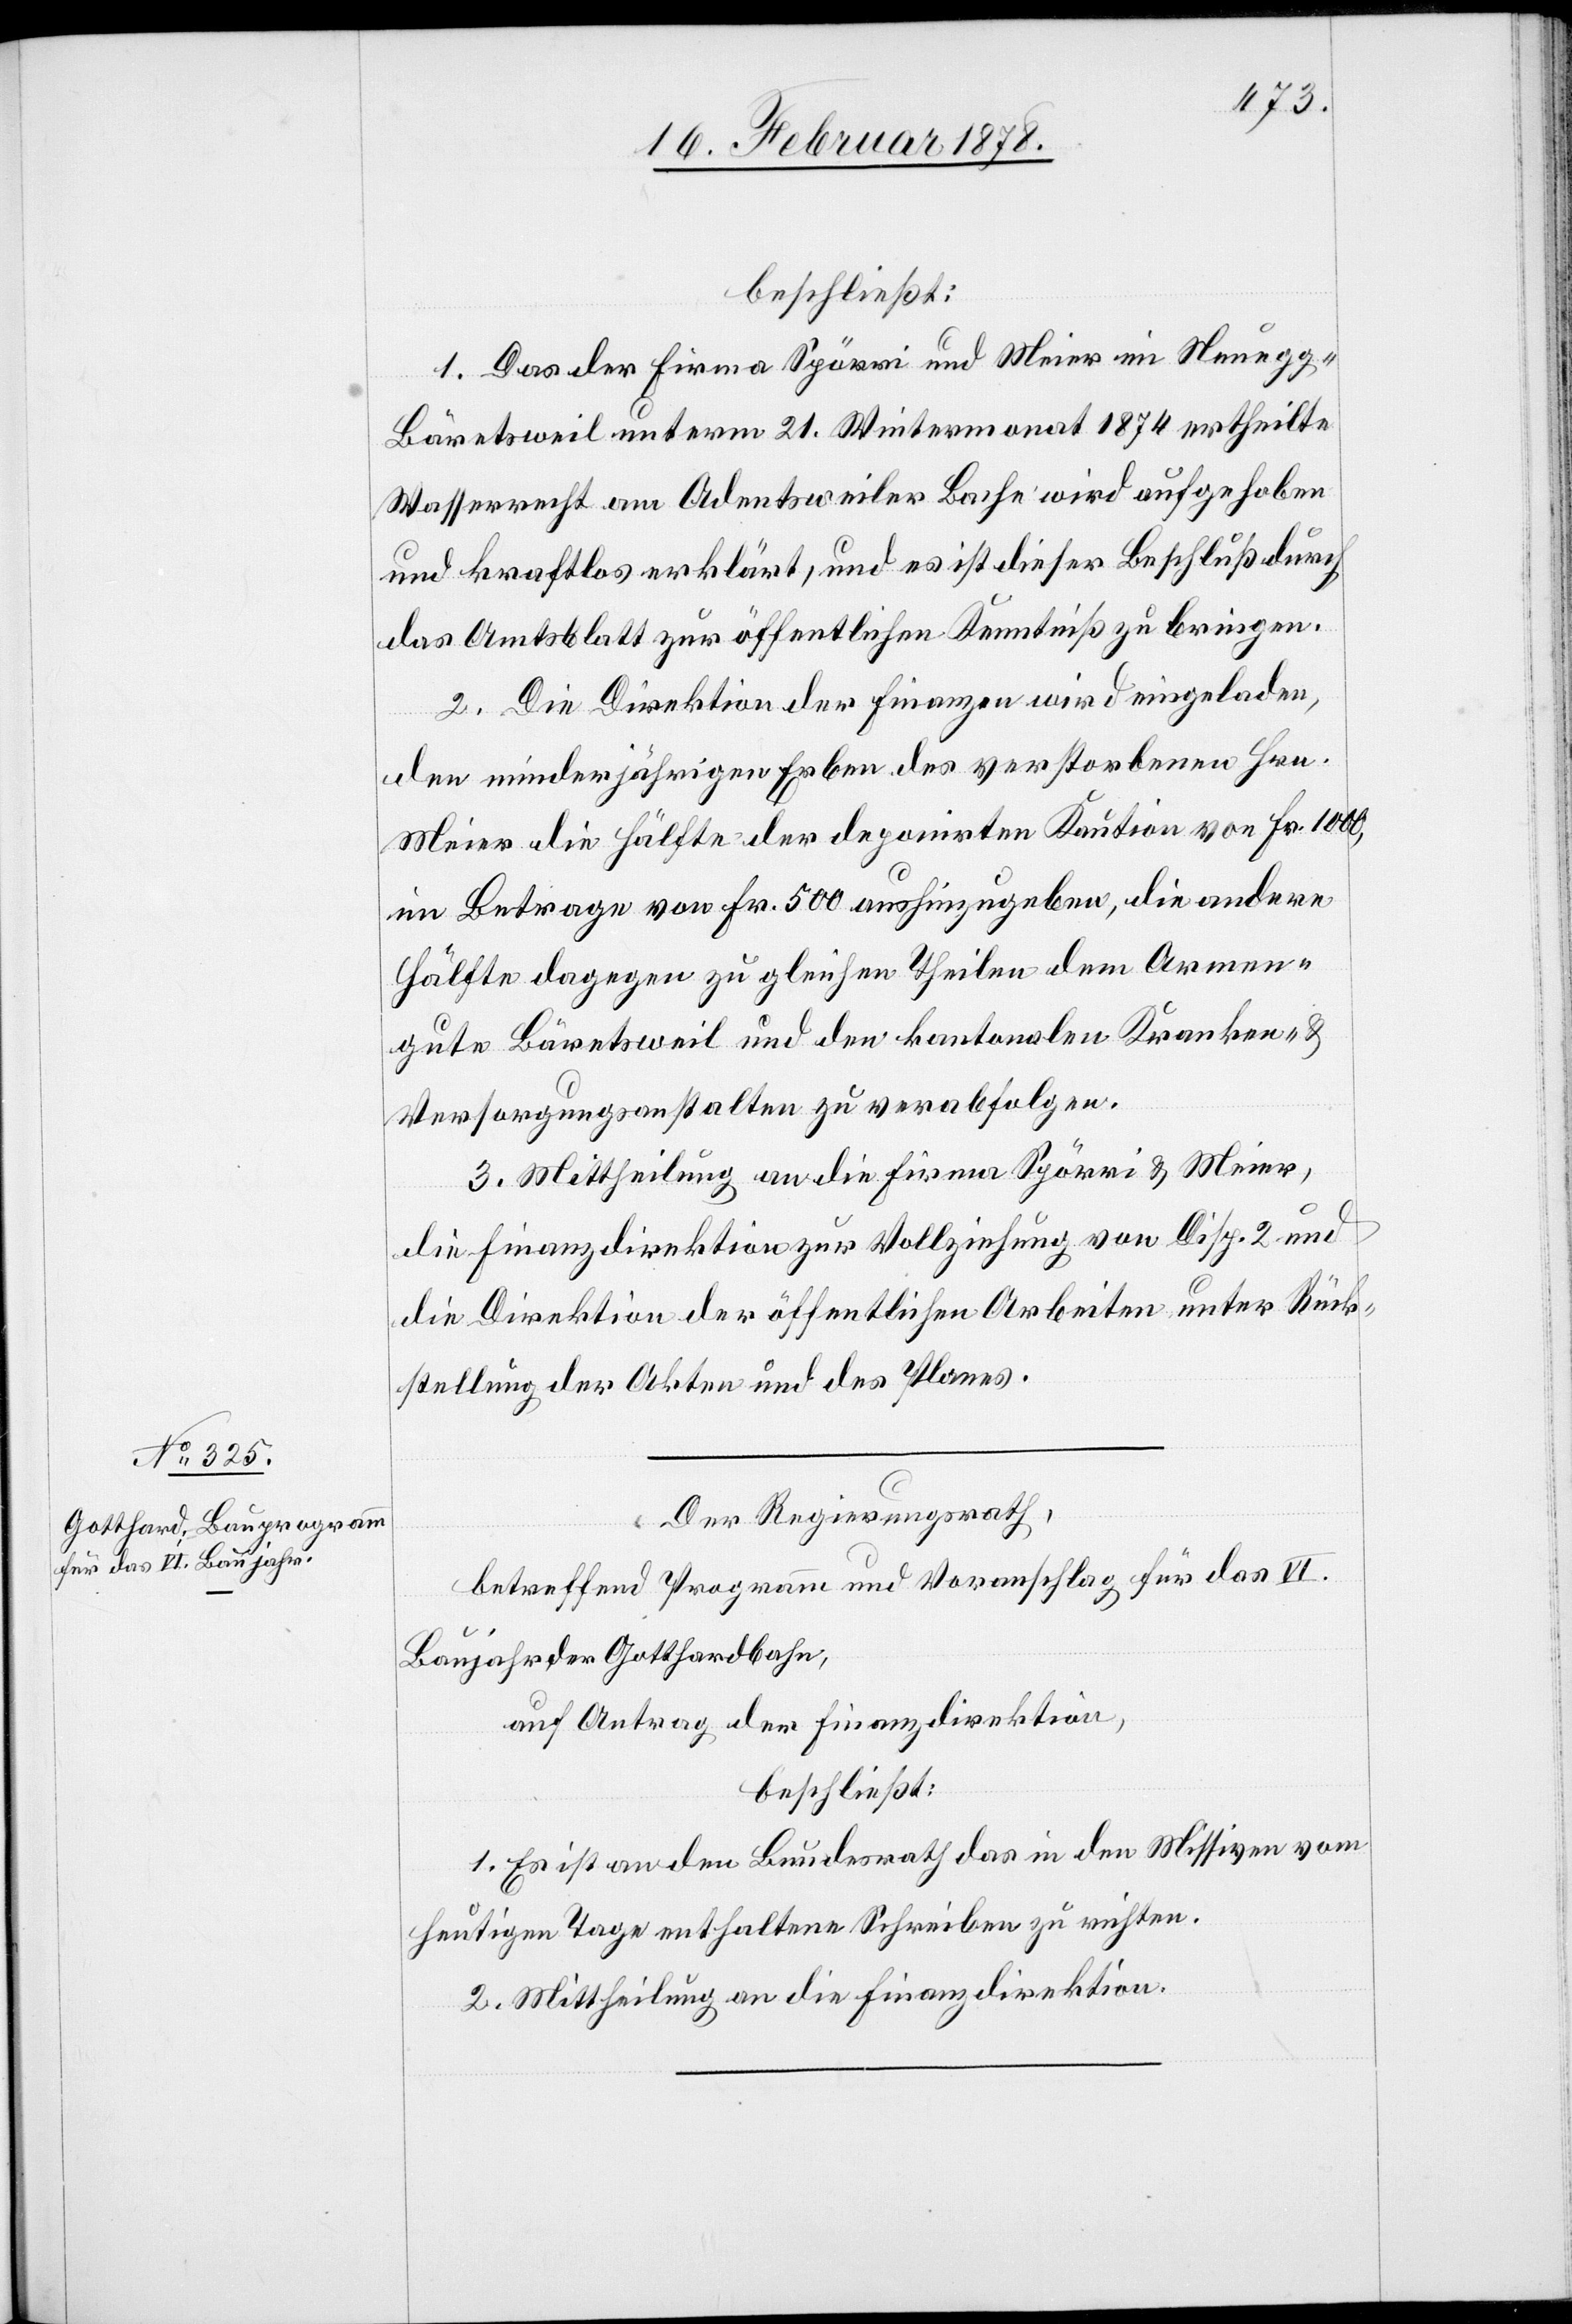
beschließt:
1. Das der Firma Spörri und Meier im Neuegg -
Bäretsweil unterm 21. Wintermonat 1874 ertheilte
Wasserrecht am Adentsweiler Bache wird aufgehoben
und kraftlos erklärt, und es ist dieser Beschluß durch
das Amtsblatt zur öffentlichen Kenntniß zu bringen.
2. Die Direktion der Finanzen wird eingeladen,
den minderjährigen Erben des verstorbenen Hrn.
Meier die Hälfte der deponirten Kaution von Fr. 1000,
im Betrage von Fr. 500 aushinzugeben, die andere
Hälfte dagegen zu gleichen Theilen dem Armen¬
gute Bäretsweil und den kantonalen Kranken- &
Versorgungsanstalten zu verabfolgen.
3. Mittheilung an die Firma Spörri & Meier,
die Finanzdirektion zur Vollziehung von Disp. 2 und
die Direktion der öffentlichen Arbeiten unter Rück¬
stellung der Akten und des Planes.
Der Regierungsrath,
betreffend Programm und Voranschlag für das VI.
Baujahr der Gotthardbahn,
auf Antrag der Finanzdirektion,
beschließt:
1. Es ist an den Bundesrath das in den Missiven vom
heutigen Tage enthaltene Schreiben zu richten.
2. Mittheilung an die Finanzdirektion.